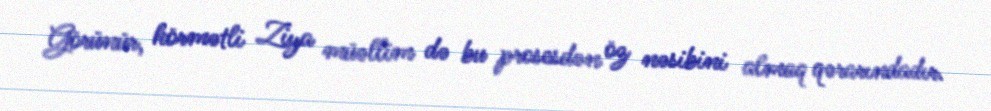
Görünür, hörmətli Ziya müəllim də bu prosesdən öz nəsibini almaq qərarındadır.